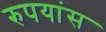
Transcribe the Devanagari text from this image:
रुपयांस